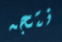
نتجه